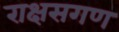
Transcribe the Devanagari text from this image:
राक्षसगण